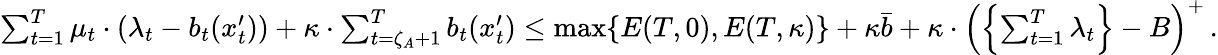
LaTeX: \begin{array}{r}{\sum_{t=1}^{T}\mu_{t}\cdot(\lambda_{t}-b_{t}(x_{t}^{\prime}))+\kappa\cdot\sum_{t=\zeta_{A}+1}^{T}b_{t}(x_{t}^{\prime})\leq\operatorname*{max}\{ E(T,0),E(T,\kappa)\} +\kappa\bar{b}+\kappa\cdot\left(\left\{ \sum_{t=1}^{T}\lambda_{t}\right\} -B\right)^{+}\, .}\end{array}